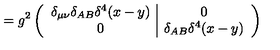
= g ^ { 2 } \left( \begin{array} { c | c } { \delta _ { \mu \nu } \delta _ { A B } \delta ^ { 4 } ( x - y ) } & { 0 } \\ { 0 } & { \delta _ { A B } \delta ^ { 4 } ( x - y ) } \\ \end{array} \right)